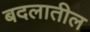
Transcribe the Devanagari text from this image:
बदलातील